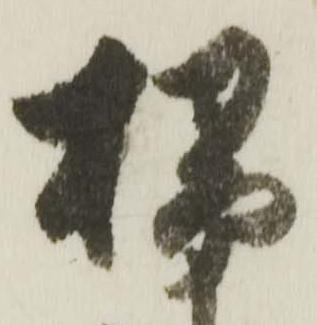
掃